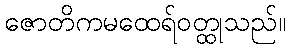
ဇောတိကမထေရ်ဝတ္ထုသည်။